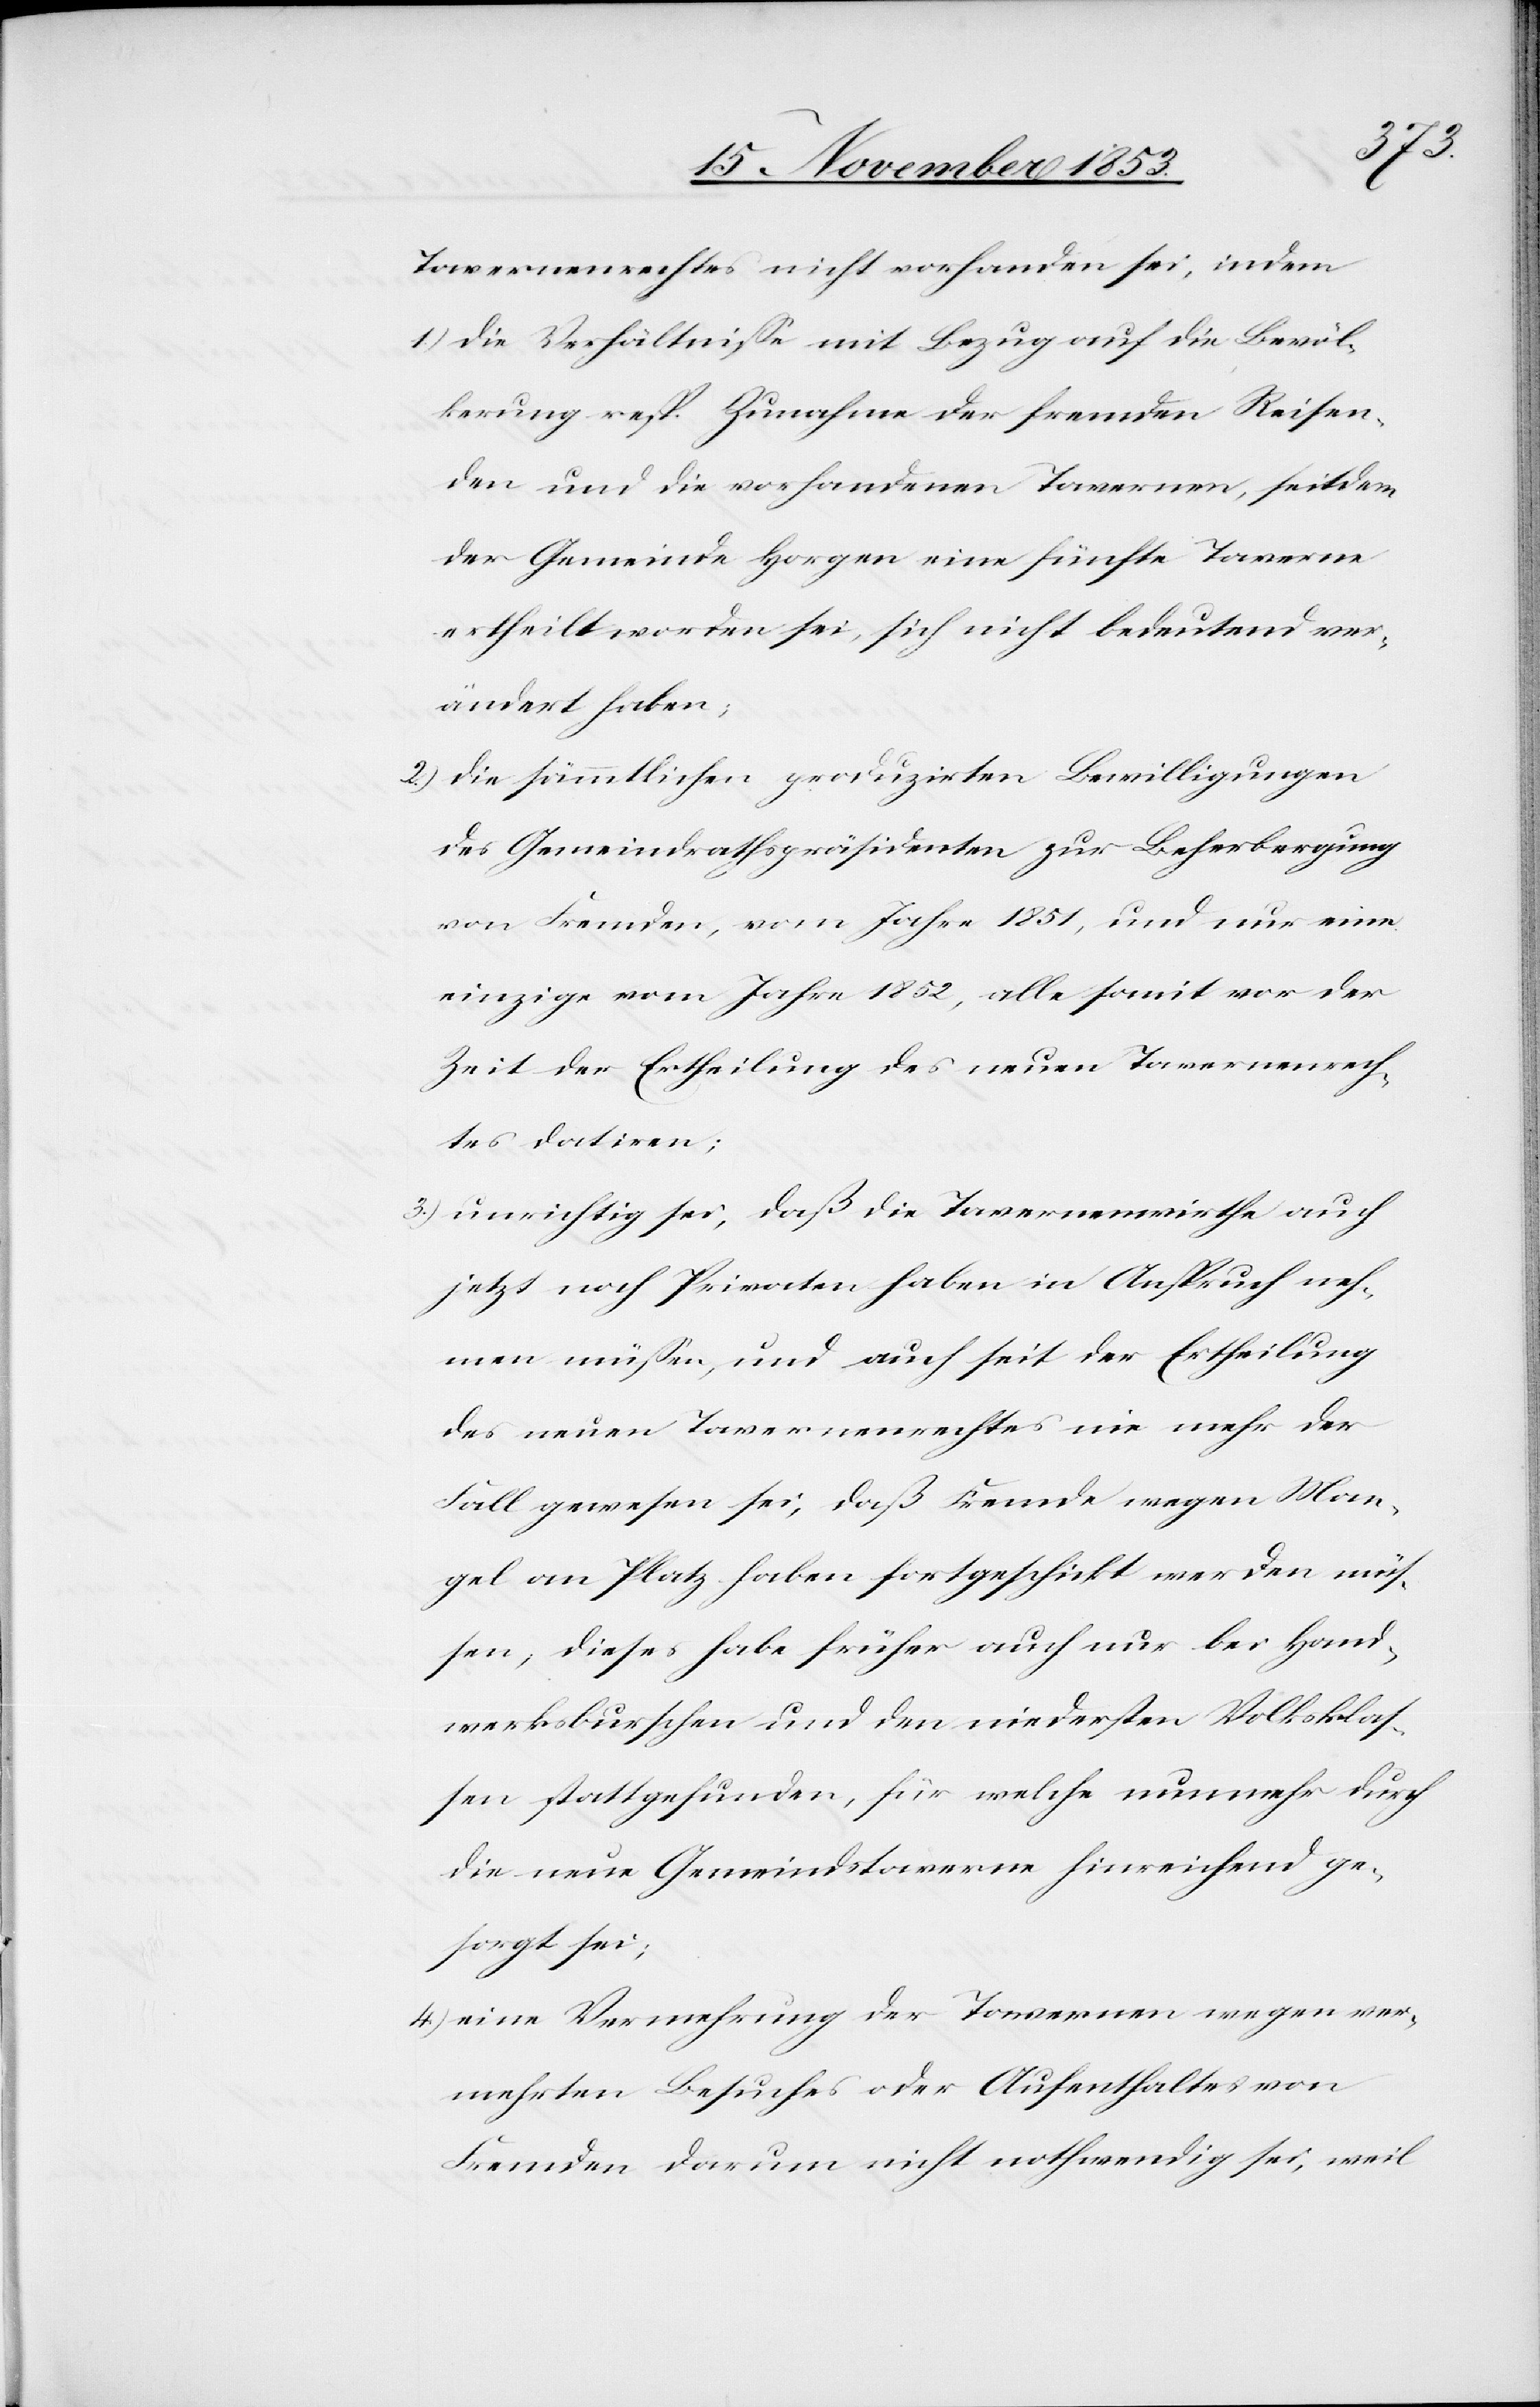
Tavernenrechtes nicht vorhanden sei, indem
1) die Verhältniße mit Bezug auf die Bevöl¬
kerung resp. Zunahme der fremden Reisen¬
den und die vorhandenen Tavernen, seitdem
der Gemeinde Horgen eine fünfte Taverne
ertheilt worden sei, sich nicht bedeutend ver¬
ändert haben;
2) die sämmtlichen produzirten Bewilligungen
des Gemeindrathspräsidenten zur Beherbung
von Fremden, vom Jahre 1851, und nur eine
einzige vom Jahre 1852, alle somit vor der
Zeit der Ertheilung des neuen Tavernenrech¬
tes datirten;
3) unrichtig sei, daß die Tavernenwirthe auch
jetzt noch Privaten [sic!] haben in Anspruch neh¬
men müßen, und auch seit der Ertheilung
des neuen Tavernenrechtes nie mehr der
Fall gewesen sei, daß Fremde wegen Man¬
gel an Platz haben fortgeschickt werden müs¬
sen, dieses habe früher auch nur bei Hand¬
werksburschen und den niedersten Volksklas¬
sen stattgefunden, für welche nunmehr durch
die neue Gemeindstaverne hinreichend ge¬
sorgt sei;
4) eine Vermehrung der Tavernen wegen ver¬
mehrten Besuches oder Aufenthalte von
Fremden darum nicht nothwendig sei, weil